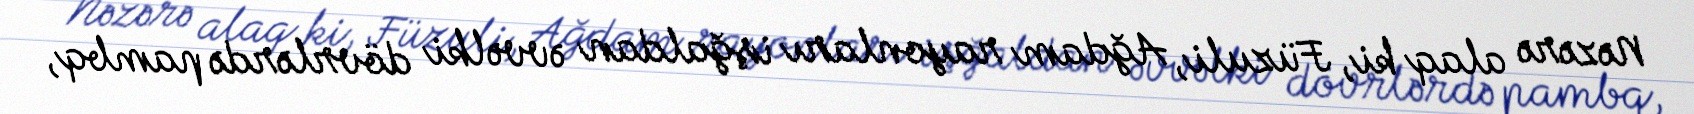
Nəzərə alaq ki, Füzuli, Ağdam rayonları işğaldan əvvəlki dövrlərdə pambq,